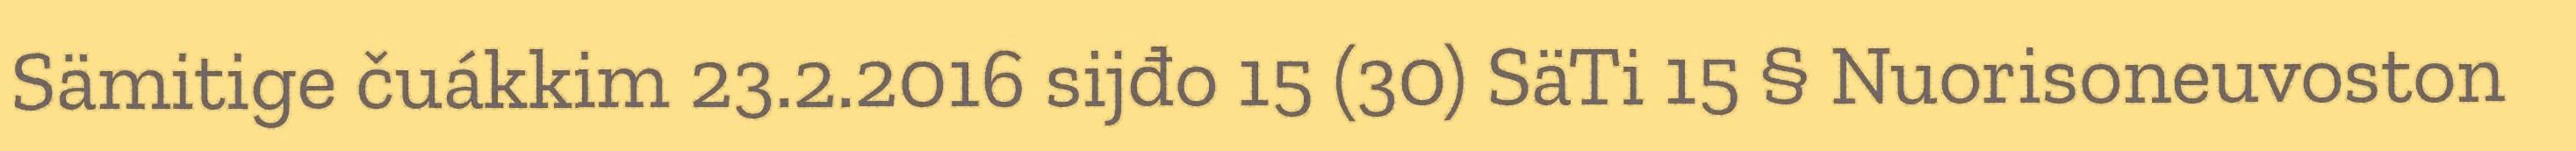
Sämitige čuákkim 23.2.2016 sijđo 15 (30) SäTi 15 § Nuorisoneuvoston